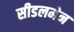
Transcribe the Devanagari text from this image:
सीडलमेन